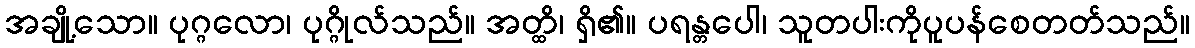
အချို့သော။ ပုဂ္ဂလော၊ ပုဂ္ဂိုလ်သည်။ အတ္ထိ၊ ရှိ၏။ ပရန္တပေါ၊ သူတပါးကိုပူပန်စေတတ်သည်။